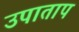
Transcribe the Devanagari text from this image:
उपाताप